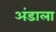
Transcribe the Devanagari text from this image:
अंडाला